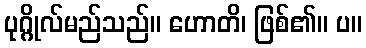
ပုဂ္ဂိုလ်မည်သည်။ ဟောတိ၊ ဖြစ်၏။ ပ။